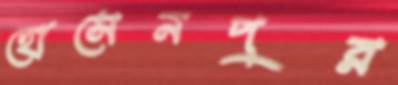
হোসেনপুর